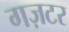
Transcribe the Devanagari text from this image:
गज़टर